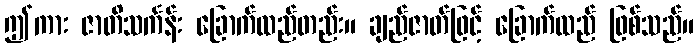
ဤကား ဇာတိသင်္ကန်း ခြောက်ထည်တည်း။ ချည်ဇာတ်ဖြင့် ခြောက်ထည် ဖြစ်သည်။